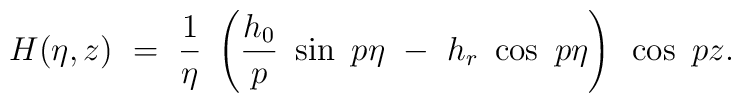
H (\eta,z) ~=~ \frac 1 \eta ~\left( \frac {h_{0}} p ~\sin ~p \eta ~-~ h_{r} ~ \cos ~p \eta \right)~ \cos~p z.